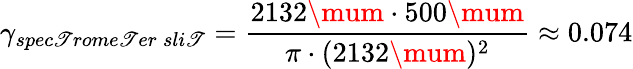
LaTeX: \gamma_{spec\mathscr{T}rome\mathscr{T}er\: sli\mathscr{T}}=\frac{{2132\mum\cdot500\mum}}{{\pi\cdot(2132\mum)^{2}}}\approx0.074